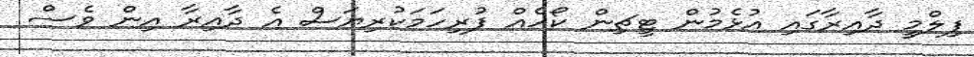
ފިލްމީ ދާއިރާގައި އުޅެމުން ޓީޗިން ކޯހެއް ފުރިހަމަކުރިޔަސް އެ ދާއިރާ އިން ވެސް